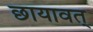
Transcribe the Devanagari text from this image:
छायावत्‌